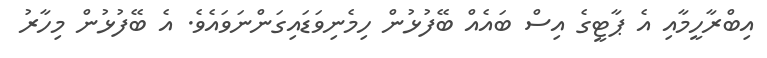
އިބްރާހީމާއި އެ ޕާޓީގެ އިސް ބައެއް ބޭފުޅުން ހިމެނިވަޑައިގަންނަވައެވެ. އެ ބޭފުޅުން މިހާރު